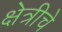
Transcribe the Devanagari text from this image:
क्षेत्रीचे